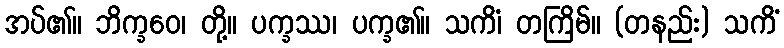
အပ်၏။ ဘိက္ခဝေ၊ တို့။ ပက္ခဿ၊ ပက္ခ၏။ သကိံ၊ တကြိမ်။ (တနည်း) သကိံ